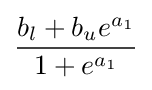
{b_{l}+b_{u}e^{a_{1}} \over {1+e^{a_{1}}}}